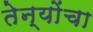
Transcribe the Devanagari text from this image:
तेन्योंचा